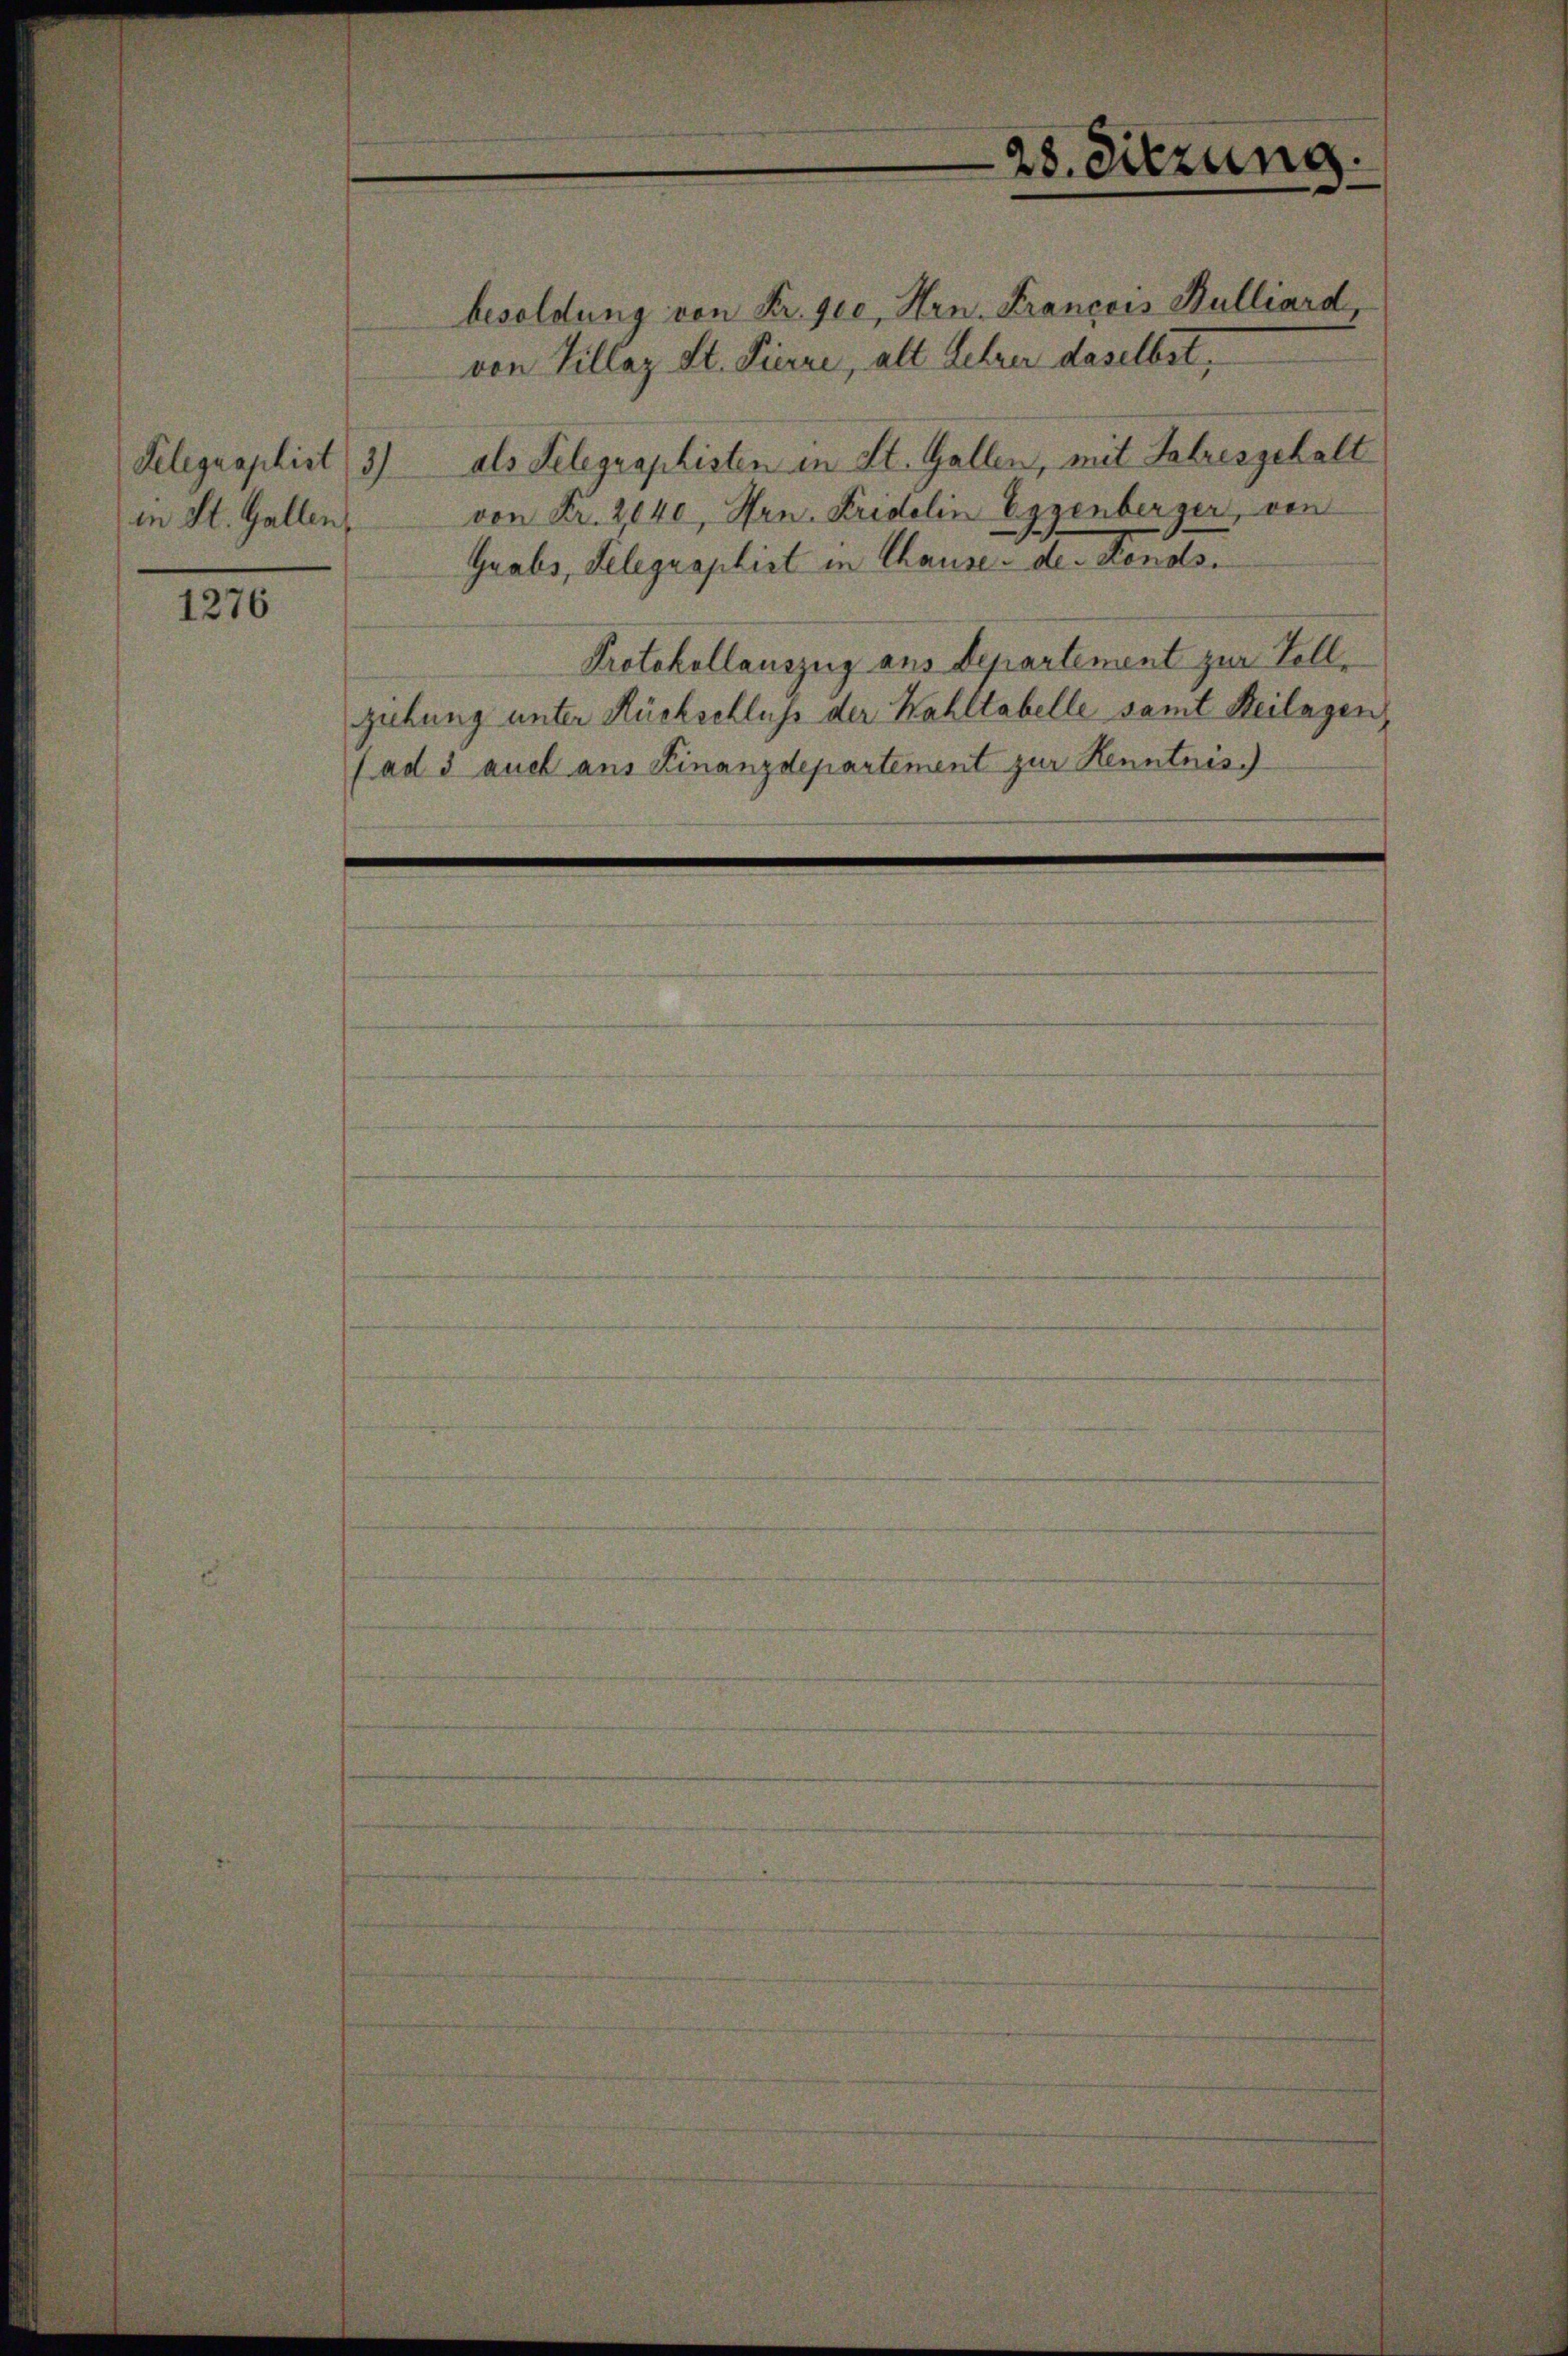
in St. Gallen,

1276

28. Sitzung.

besoldung von Fr. gie, Hrn. Francois Bulliard
von Villaz St. Pierre, alt Lehrer daselbst,
Telegraphist 3) als Telegraphisten in St. Gallen, mit Jahresgehalt
von Fr. 2040, Hrn. Fridelin Eggenberger, von
Grabs, Telegraphist in Chause der Fonds.
Protokollauszug aus Departement zur Vollziehung unter Rückschluß der Wahltabelle samt Beilagen,
(ad 5 auch aus Finanzdepartement zur Kenntnis